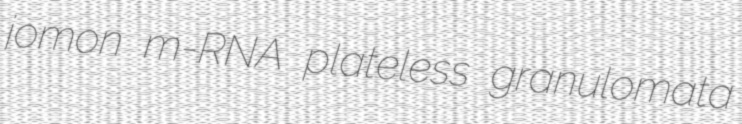
jomon m-RNA plateless granulomata